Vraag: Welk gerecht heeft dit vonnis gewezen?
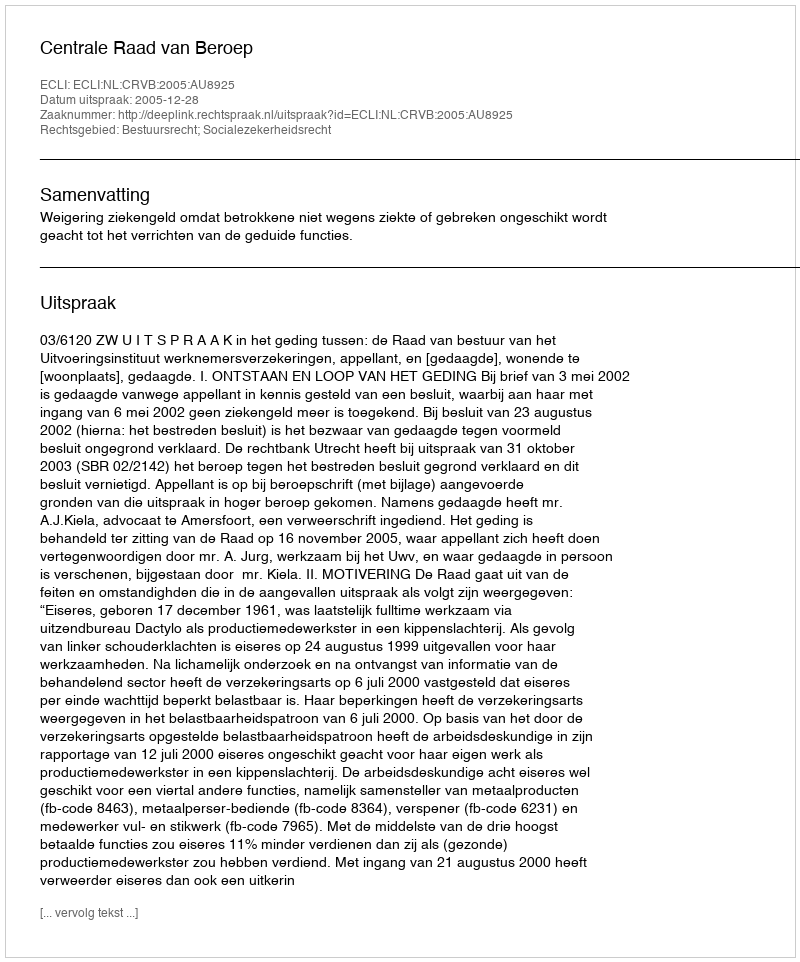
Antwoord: Centrale Raad van Beroep